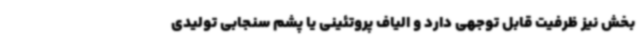
بخش نیز ظرفیت قابل توجهی دارد و الیاف پروتئینی یا پشم سنجابی تولیدی